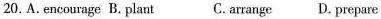
20. A.encourage B.plant C.crrange D. prepare